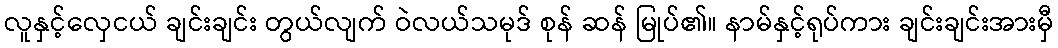
လူနှင့်လှေငယ် ချင်းချင်း တွယ်လျက် ဝဲလယ်သမုဒ် စုန် ဆန် မြုပ်၏။ နာမ်နှင့်ရုပ်ကား ချင်းချင်းအားမှီ